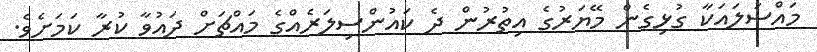
މައްސަލައަކާ ގުޅިގެން މޭޔަރުގެ އިތުރުން ދެ ކައުންސިލަރެއްގެ މައްޗަށް ދައުވާ ކުރާ ކަމަށެވެ.